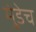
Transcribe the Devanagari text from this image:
मुंडेच